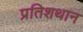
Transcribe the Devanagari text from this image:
प्रतिशथान